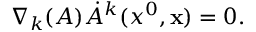
\nabla _ { k } ( A ) \dot { A } ^ { k } ( x ^ { 0 } , { \bf x } ) = 0 .